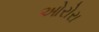
ઓરોરા